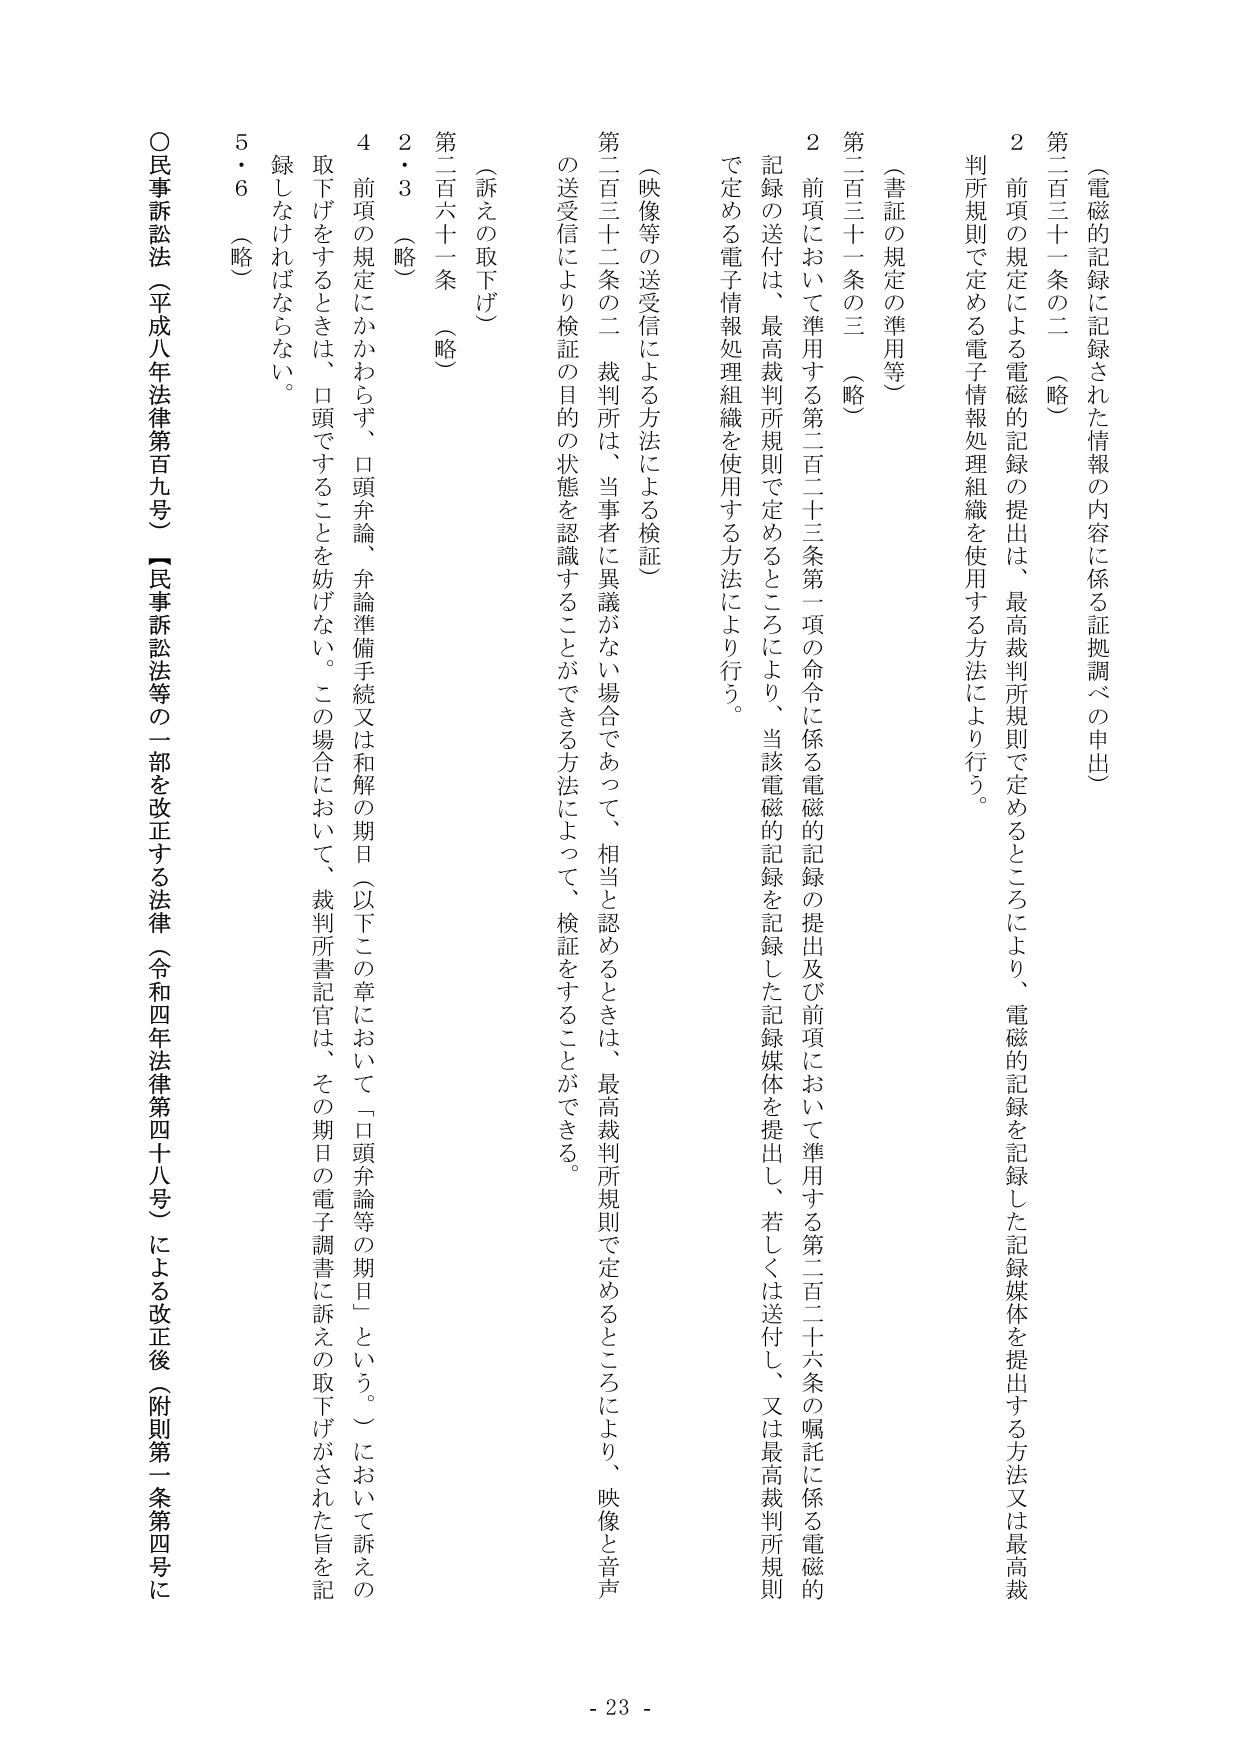
（電磁的記録に記録された情報の内容に係る証拠調べの申出）

第二百三十一条の二（略）

２ 前項の規定による電磁的記録の提出は、最高裁判所規則で定めるところにより、電磁的記録を記録した記録媒体を提出する方法又は最高裁判所規則で定める電子情報処理組織を使用する方法により行う。

（書証の規定の準用等）

第二百三十一条の三（略）

２ 前項において準用する第二百二十三条第一項の命令に係る電磁的記録の提出及び前項において準用する第二百二十六条の嘱託に係る電磁的記録の送付は、最高裁判所規則で定めるところにより、当該電磁的記録を記録した記録媒体を提出し、若しくは送付し、又は最高裁判所規則で定める電子情報処理組織を使用する方法により行う。

（映像等の送受信による方法による検証）

第二百三十二条の二 裁判所は、当事者に異議がない場合であって、相当と認めるときは、最高裁判所規則で定めるところにより、映像と音声の送受信により検証の目的の状態を認識することができる方法によって、検証をすることができる。

（訴えの取下げ）

第二百六十一条（略）

２・３（略）

４ 前項の規定にかかわらず、口頭弁論、弁論準備手続又は和解の期日（以下この章において「口頭弁論等の期日」という。）において訴えの取下げをするときは、口頭ですることを妨げない。この場合において、裁判所書記官は、その期日の電子調書に訴えの取下げがされた旨を記録しなければならない。

５・６（略）

○民事訴訟法（平成八年法律第百九号）【民事訴訟法等の一部を改正する法律（令和四年法律第四十八号）による改正後（附則第一条第四号に

- 23 -